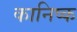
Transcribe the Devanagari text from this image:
कानिष्क